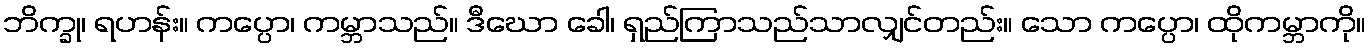
ဘိက္ခု၊ ရဟန်း။ ကပ္ပော၊ ကမ္ဘာသည်။ ဒီဃော ခေါ၊ ရှည်ကြာသည်သာလျှင်တည်း။ သော ကပ္ပော၊ ထိုကမ္ဘာကို။